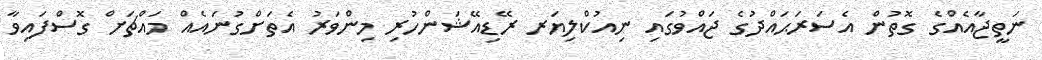
ނަތީޖާއެއްގެ ގޮތުން އެސަރަޙައްދުގެ ޖައްވުގައި ނިއުކްލިޔަރ ރޭޑިއޭޝަންހުރި މިންވަރު އެތަށްގުނައެއް މައްޗަށް ގޮސްފައިވާ